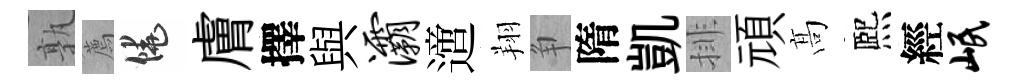
孰薦饒膚擇與灞𨗁翔争隋凱排頑髙熈經岷